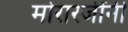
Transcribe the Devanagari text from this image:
मोरारजींनी